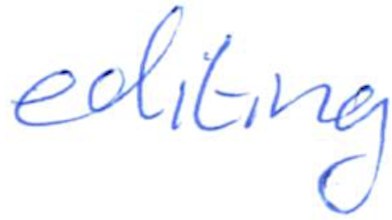
Text: editing
Cross-out: clean
Writing tool: ballpoint